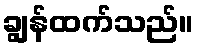
ချွန်ထက်သည်။